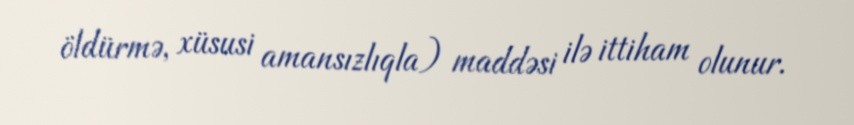
öldürmə, xüsusi amansızlıqla) maddəsi ilə ittiham olunur.